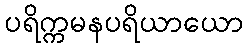
ပရိက္ကမနပရိယာယော